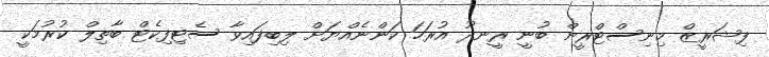
ފިޝަރީޒް މިނިސްޓްރީން ބުނީ ރީނދޫ އުރަހަ ކަންނެއްޔަށް ލިބިފައިވާ ސެޓިފިކެޓް ބާތިލް ކުރުމަކީ